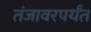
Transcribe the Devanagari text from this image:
तंजावरपर्यंत